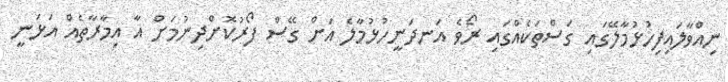
ނިއްވާލައިފިހުޅުމާލޭގައި ގަސްތަކެއްގައި ރޯވެ އަނދަނީހުޅުމާލެ އަށް ގޭސް ފޯރުކޮށްދިނުމަށް އާ އިމާރާތެއް އަޅަނީ